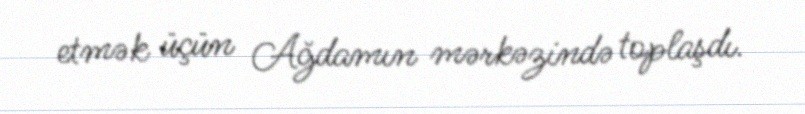
etmək üçün Ağdamın mərkəzində toplaşdı.